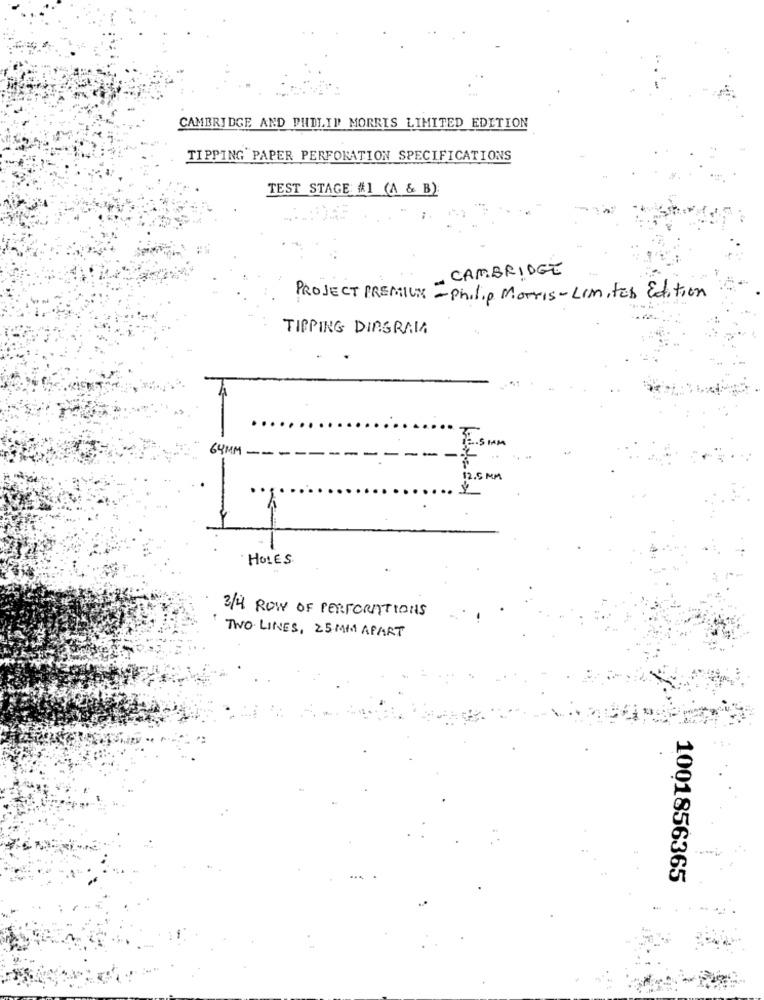
CAMBRIDGE AND PHILIP MORRIS LIMITED EDITION
TIPPING PAPER PERFORATION SPECIFICATIONS
TEST STAGE #1 (A & B):
CAMBRIDGE
PROJECT PREMIUM - Philip Morris- LIM, Fab Edition
TIPPING DIAGRAMA
.
64MM
2.5 MM
HOLES.
3/4 ROW OF PERFORATIONS
TWO LINES, 25 MM APART
1001856365